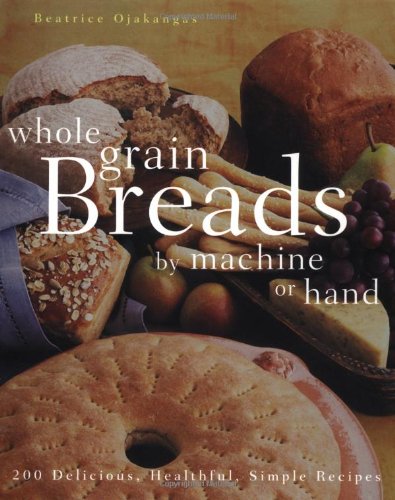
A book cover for Whole Grain Breads by Machine or Hand: 200 Delicious, Healthful, Simple Recipes; Beatrice Ojakangas; Cookbooks, Food & Wine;